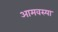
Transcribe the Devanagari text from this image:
आमवस्या